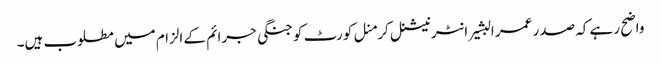
واضح رہے کہ صدر عمر البشیر انٹرنیشنل کرمنل کورٹ کو جنگی جرائم کے الزام میں مطلوب ہیں۔